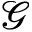
\mathcal { G }